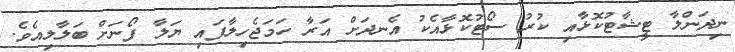
ނިދަންލާ ޓީޝާޓުކޮޅާއި ކުރު ސޯޓުކޮޅާއެކު އެނދަށް އަރާ ހަމަޖެހިލާފައި ޔަލާ ފޯނަށް ބަލާލިއެވެ.